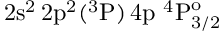
\mathrm { 2 s ^ { 2 } \, 2 p ^ { 2 } ( ^ { 3 } P ) \, 4 p ~ ^ { 4 } P _ { 3 / 2 } ^ { o } }